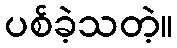
ပစ်ခဲ့သတဲ့။